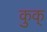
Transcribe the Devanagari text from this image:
कुक्